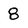
Character: 8